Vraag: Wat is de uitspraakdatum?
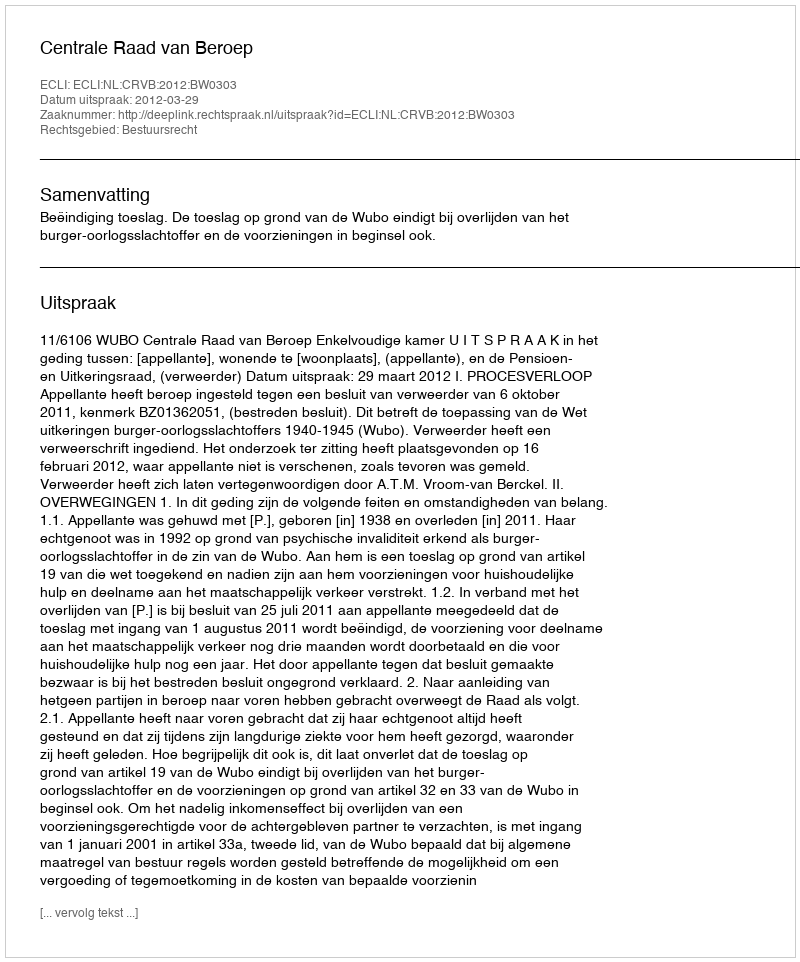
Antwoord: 2012-03-29